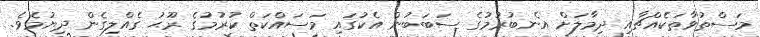
މަސްތުވާތަކެއްޗާއި ދިމާލަށް އެނބުރުމުގެ ސަބަބުން އެކުގައި މަސައްކަތް ކުރުމުގެ ރޫޙު ގެއްލިގެން ދިޔުމެވެ.